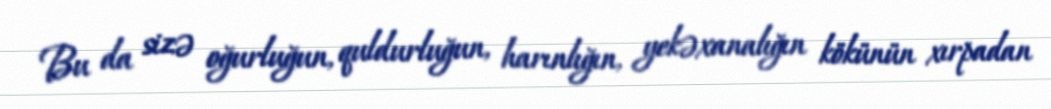
Bu da sizə oğurluğun, quldurluğun, harınlığın, yekəxanalığın kökünün xırpadan